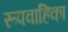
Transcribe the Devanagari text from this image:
रूपवाहिका